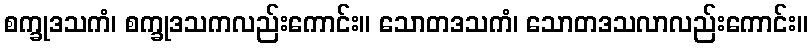
စက္ခုဒသကံ၊ စက္ခုဒသကလည်းကောင်း။ သောတဒသကံ၊ သောတဒသလာလည်းကောင်း။